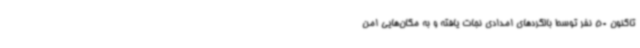
تاکنون 50 نفر توسط بالگردهای امدادی نجات یافته و به مکان‌هایی امن